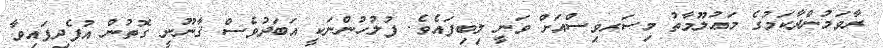
ރާވަމުންދާކަމުގެ މަޢުލޫމާތު މިސަރވިސްއަށް ވަނީ ލިބިފައެވެ. ފުލުހުންނަކީ އަބަދުވެސް ޤާނޫނީ ގޮތުން އުފެދިފައިވާ